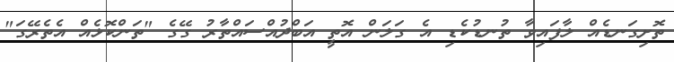
ތޮށިގަނޑެއް ލާފައިވާ ތުނޑުކެޑި އެ ގަލަން އޮތީ އަބްދުއްސައްތާރު ގޭގެ "ތަންކޮޅެއް އެތެރޭގަ"